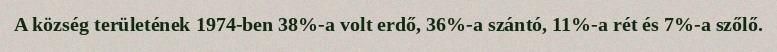
A község területének 1974-ben 38%-a volt erdő, 36%-a szántó, 11%-a rét és 7%-a szőlő.